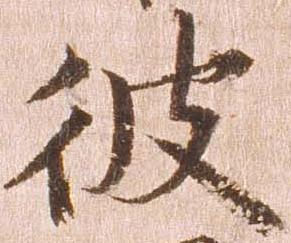
彼